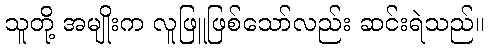
သူတို့ အမျိုးက လူဖြူဖြစ်သော်လည်း ဆင်းရဲသည်။